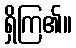
ရှိကြ၏။